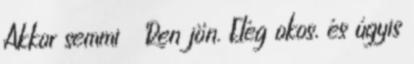
Akkor semmi Ren jön. Elég okos, és úgyis